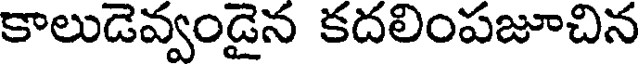
కాలుడెవ్వండైన కదలింపజూచిన